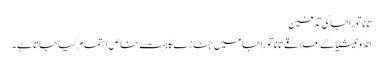
تانا توراجا کی تدفین
انڈونیشیا کے علاقے تانا توراجا میں جنازے کا بہت خاص اہتمام کیا جاتا ہے۔